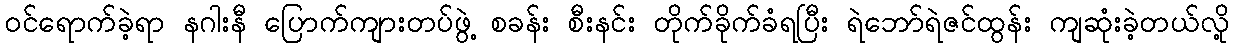
ဝင်ရောက်ခဲ့ရာ နဂါးနီ ပြောက်ကျားတပ်ဖွဲ့ စခန်း စီးနင်း တိုက်ခိုက်ခံရပြီး ရဲဘော်ရဲဇင်ထွန်း ကျဆုံးခဲ့တယ်လို့